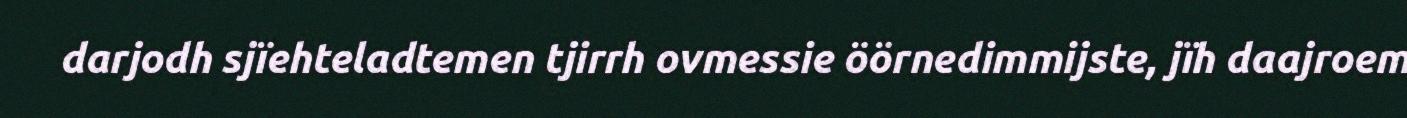
darjodh sjïehteladtemen tjirrh ovmessie öörnedimmijste, jïh daajroem